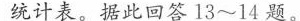
统计表。据此回答13~14题。